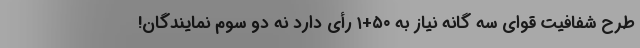
طرح شفافیت قوای سه گانه نیاز به ۵۰+۱ رأی دارد نه دو سوم نمایندگان!